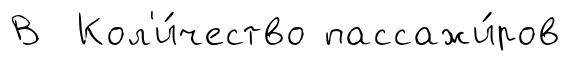
В Кол'и́чество пассажи́ров